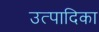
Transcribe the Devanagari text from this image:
उत्पादिका